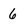
Character: 6